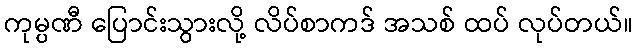
ကုမ္ပဏီ ပြောင်းသွားလို့ လိပ်စာကဒ် အသစ် ထပ် လုပ်တယ်။